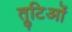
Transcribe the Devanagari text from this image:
त्रुटिओं